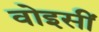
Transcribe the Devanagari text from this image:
वोइसीं